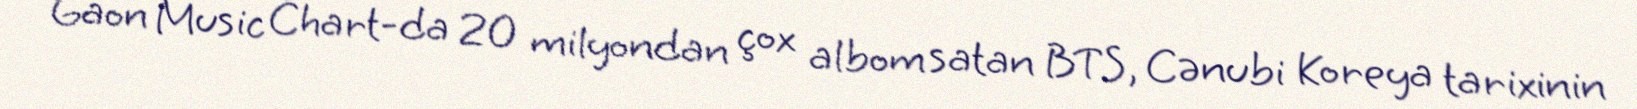
Gaon Music Chart-da 20 milyondan çox albom satan BTS, Cənubi Koreya tarixinin